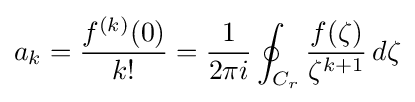
a_{k}={\frac {f^{(k)}(0)}{k!}}={1 \over 2\pi i}\oint _{C_{r}}{\frac {f(\zeta )}{\zeta ^{k+1}}}\,d\zeta